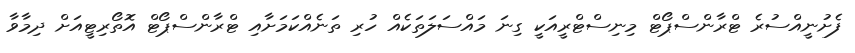
ފެށުނީއްސުރެ ޓްރާންސްޕޯޓް މިނިސްޓްރީއަކީ ގިނަ މައްސަލަތަކެއް ހުރި ތަނެއްކަމަށާއި ޓްރާންސްޕޯޓް އޮތޯރިޓީއަށް ދިމާވާ